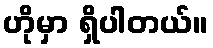
ဟိုမှာ ရှိပါတယ်။